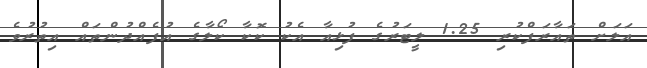
އަލަށް ތައާރަފްކުރި 1.25 ލީޓަރުގެ ފުޅިއާ އެކު ކޮކާ ކޯލާގެ އުފެއްދުންތައް އިތުރުވެ